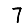
Digit: 7